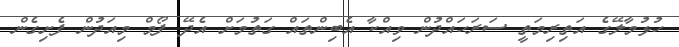
ހުޅުމާލޭގެ އަތިރިމަތީ ސަރަހައްދުން ވިއްކާ އެބިންތައް ގަތުމަށް އެދޭ ފޯމް މިއަދުން ފެށިގެން